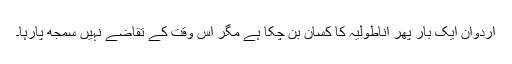
اردوان ایک بار پھر اناطولیہ کا کسان بن چکا ہے مگر اس وقت کے تقاضے نہیں سمجھ پارہا۔